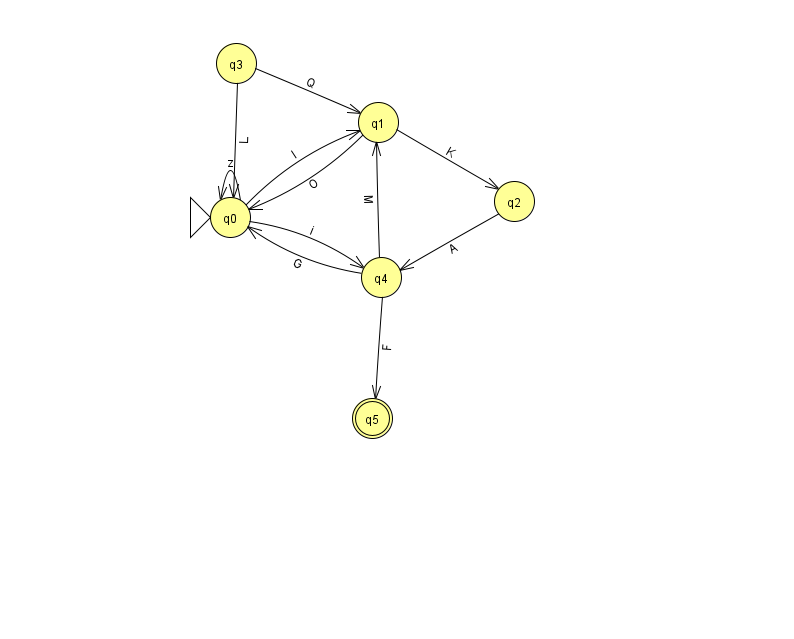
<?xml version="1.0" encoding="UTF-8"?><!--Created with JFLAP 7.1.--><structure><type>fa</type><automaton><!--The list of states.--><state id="0" name="q0"><x>230.0</x><y>204.0</y><initial/></state><state id="1" name="q1"><x>378.0</x><y>109.0</y></state><state id="2" name="q2"><x>514.0</x><y>188.0</y></state><state id="3" name="q3"><x>236.0</x><y>50.0</y></state><state id="4" name="q4"><x>381.0</x><y>264.0</y></state><state id="5" name="q5"><x>372.0</x><y>405.0</y><final/></state><!--The list of transitions.--><transition><from>4</from><to>5</to><read>F</read></transition><transition><from>3</from><to>0</to><read>L</read></transition><transition><from>4</from><to>0</to><read>G</read></transition><transition><from>2</from><to>4</to><read>A</read></transition><transition><from>3</from><to>1</to><read>Q</read></transition><transition><from>0</from><to>0</to><read>z</read></transition><transition><from>0</from><to>4</to><read>i</read></transition><transition><from>0</from><to>1</to><read>l</read></transition><transition><from>1</from><to>0</to><read>O</read></transition><transition><from>1</from><to>2</to><read>K</read></transition><transition><from>4</from><to>1</to><read>M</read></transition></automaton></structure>